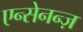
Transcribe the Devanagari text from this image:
एन्सेनन्ज़